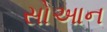
સોઆન